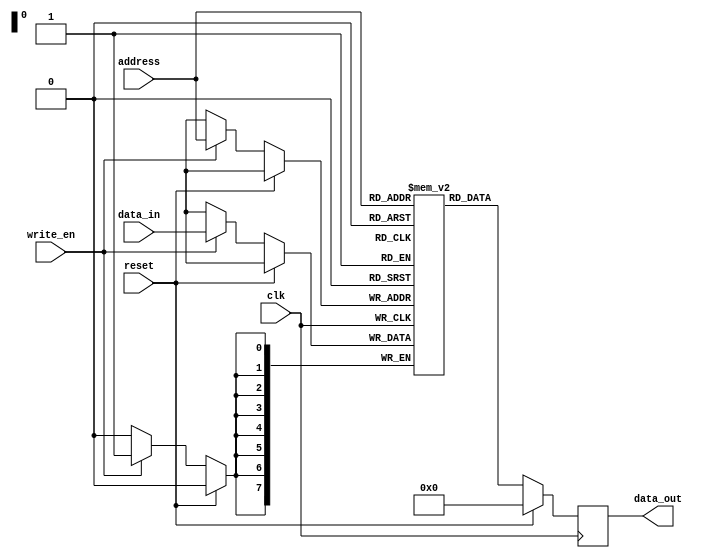
module sram (
    input wire clk,         // Clock signal
    input wire reset,       // Reset signal
    input wire write_en,    // Write enable signal
    input wire [7:0] address,   // Address input signal
    input wire [7:0] data_in,    // Data input signal
    output reg [7:0] data_out    // Data output signal
);

reg [7:0] memory [255:0];   // 256 memory locations of 8 bits each

// Address decoding logic
always @(posedge clk) begin
    if (reset) begin
        data_out <= 8'h00;
    end else begin
        if (write_en) begin
            memory[address] <= data_in;
        end
        data_out <= memory[address];
    end
end

endmodule